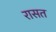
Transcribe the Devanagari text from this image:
रासत